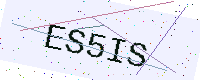
Text: ES5IS